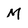
Character: M